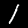
Digit: 1